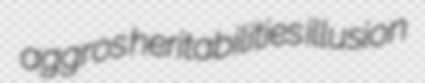
aggros heritabilities illusion